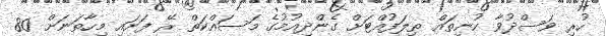
ހުރި ވަސްދުވާ ކުނިތައް ތިލަފުއްޓަށް ގެންދިއުމުގެ މަސައްކަތް ރޭ ފަށައި މިހާތަނަށް 80